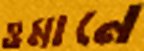
ওমানে